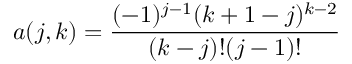
a ( j , k ) = \frac { ( - 1 ) ^ { j - 1 } ( k + 1 - j ) ^ { k - 2 } } { ( k - j ) ! ( j - 1 ) ! }